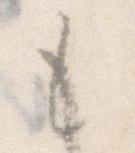
も